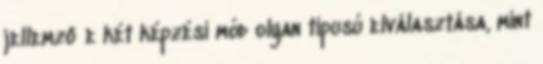
jellemző e két képzési mód olyan típusú elválasztása, mint